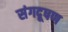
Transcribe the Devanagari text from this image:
संगदूषण